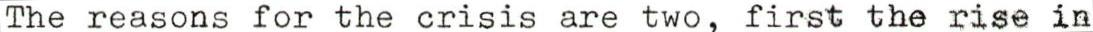
The reasons for the crisis are two, first the rise in